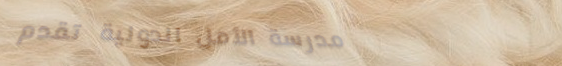
مدرسة الأمل الدولية تقدم